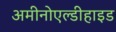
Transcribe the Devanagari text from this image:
अमीनोएल्डीहाइड